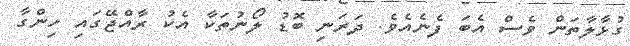
ގުޅާލާތަން ވެސް އެބަ ފެނެއެވެ. ދަރަނި ބޮޑު ލޯނުތަކާ އެކު ރާއްޖޭގައި ހިންގާ